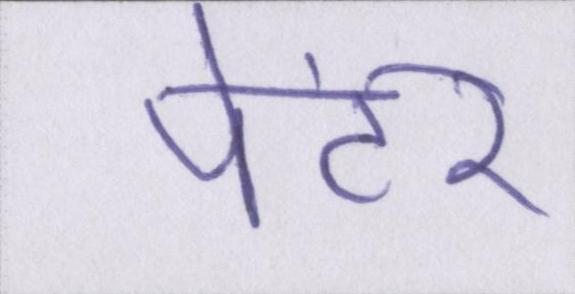
पेंटर